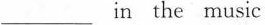
___in the music